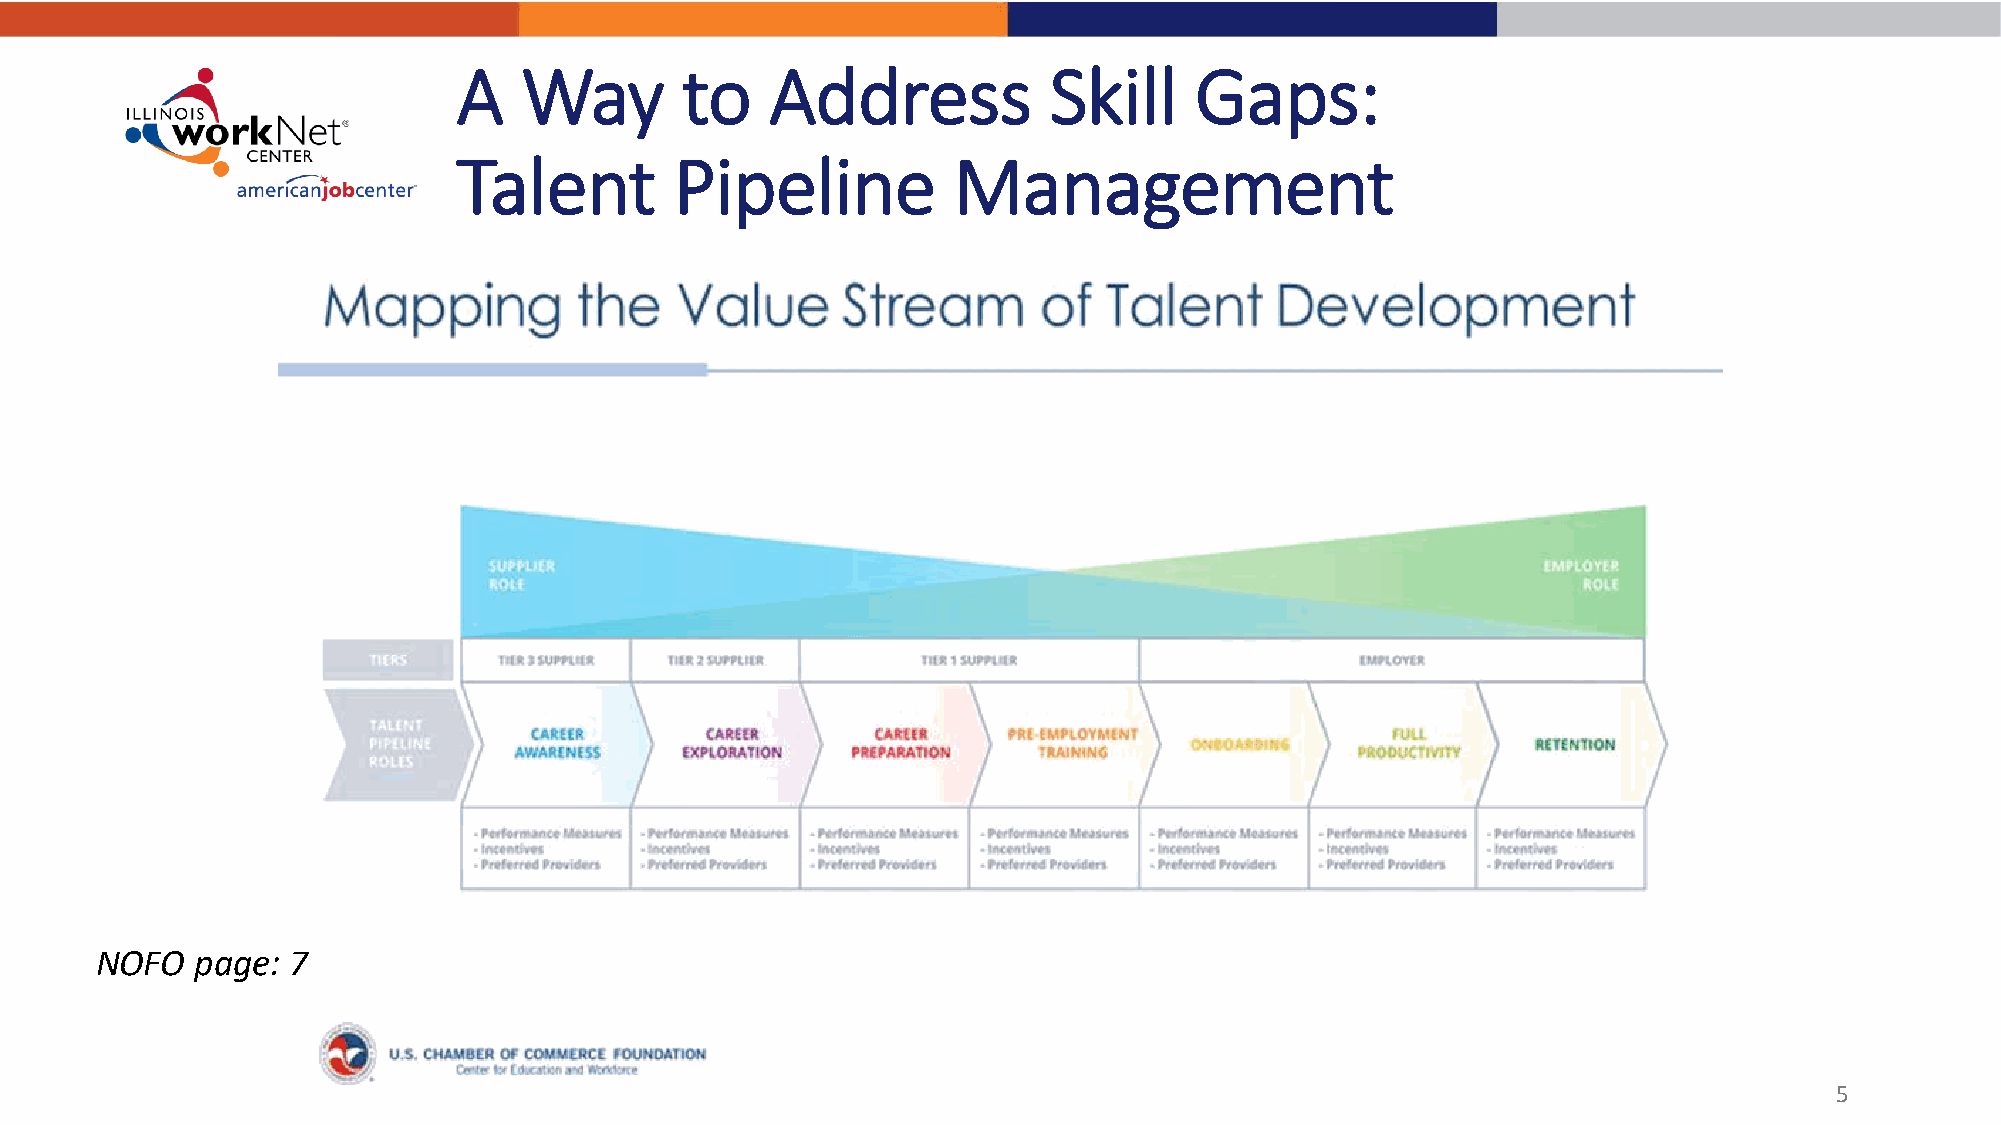
A    Way       to    Address           Skill     Gaps:
 Talent         Pipeline          Management
 NOFO   page: 7
 5